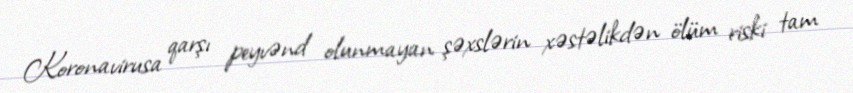
Koronavirusa qarşı peyvənd olunmayan şəxslərin xəstəlikdən ölüm riski tam